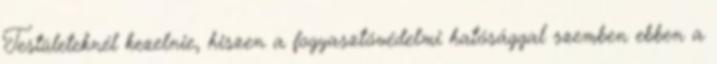
Testületeknél kezelnie, hiszen a fogyasztóvédelmi hatósággal szemben ebben a